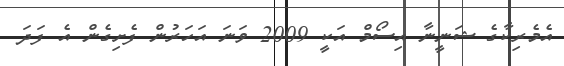
އެމެރިކާގެ ޝަނީނާ އިސޯމް އަކީ 2009 ވަނަ އަހަރުން ފެށިގެން އެ ފަދަ